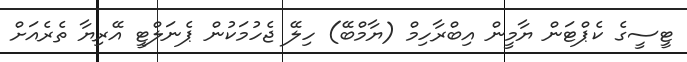
ޓީސީގެ ކެޕްޓަން ޔާމީން އިބްރާހިމް (ޔާމްބޭ) ހިލޭ ޖެހުމަކުން ޕެނަލްޓީ އޭރިޔާ ތެރެއަށް